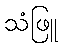
သံဖြူ